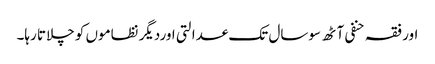
اور فقہ حنفی آٹھ سوسال تک عدالتی اوردیگر نظاموں کو چلاتا رہا۔